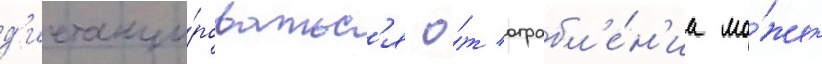
д'истанци́роватьс'я о́т ограбл'е́н'иа мо́жет